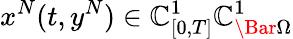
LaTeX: x^{N}(t,y^{N})\in\mathbb{C}_{[0,T]}^{1}\mathbb{C}_{\Bar{\Omega}}^{1}